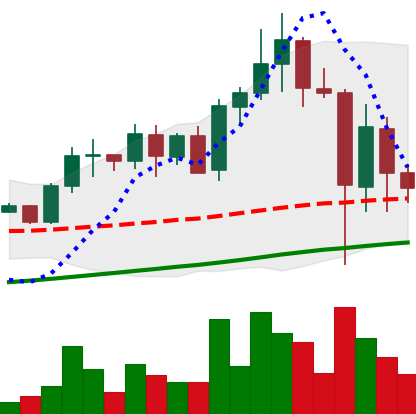
Ticker: ADA-USD
Chart end date: 2021-05-22
Forward return: 12.458%
Label: up_7plus